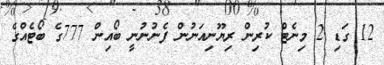
12 ގަޑި 2 މިނެޓް ކުރިން ރިޔޫނިއަނުން ފެނުނުނީ ބޯއިން 777ގެ ބޯޓެއްގެ